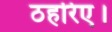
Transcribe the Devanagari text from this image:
ठहरिए।